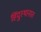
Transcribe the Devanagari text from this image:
हिंदु्स्थानात